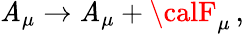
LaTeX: \mathit{A}_{\mu}\rightarrow\mathit{A}_{\mu}+{\calF}_{\mu}\, ,